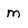
Character: M